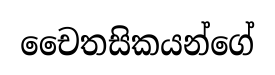
චෛතසිකයන්ගේ